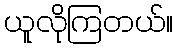
ယူလိုကြတယ်။